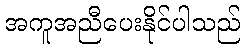
အကူအညီပေးနိုင်ပါသည်